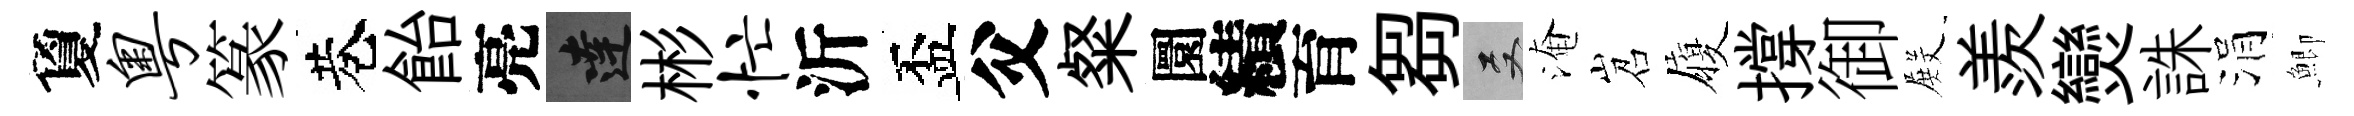
夐粤篆巷飴亮達彬忙沂盃父粲圜績育芻双淹岧履撐御𭮺羨𤓖誅涓鯽